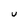
Character: u